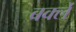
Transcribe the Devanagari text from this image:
बर्क्ले